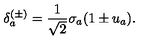
\delta _ { a } ^ { ( \pm ) } = \frac { 1 } { \sqrt { 2 } } \sigma _ { a } ( 1 \pm u _ { a } ) .